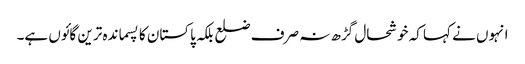
انہوں نے کہا کہ خوشحال گڑھ نہ صرف ضلع بلکہ پاکستان کا پسماندہ ترین گائوں ہے۔